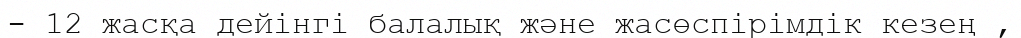
- 12 жасқа дейінгі балалық және жасөспірімдік кезең ,